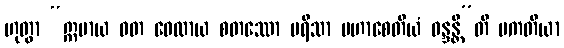
ဟုတွာ “ဣမာယ ဝတ ဝေလာယ စတဿော ပရိသာ မဟာစေတိယံ ဝန္ဒန္တီ”တိ ပကတိယာ